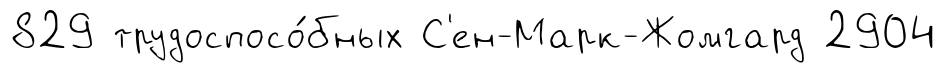
829 трудоспосо́бных С'ен-Марк-Жомгард 2904